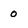
Character: 0